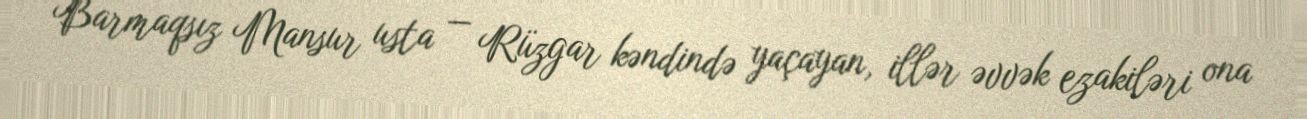
Barmaqsız Mansur usta — Rüzgar kəndində yaçayan, illər əvvək ezakiləri ona